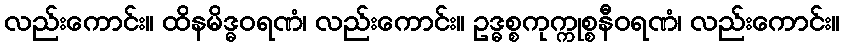
လည်းကောင်း။ ထိနမိဒ္ဓဝရဏံ၊ လည်းကောင်း။ ဥဒ္ဓစ္စကုက္ကုစ္စနီဝရဏံ၊ လည်းကောင်း။